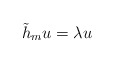
\begin{align*}\tilde{h}_mu=\lambda u\end{align*}